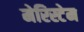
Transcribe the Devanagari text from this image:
मेरिस्टेम